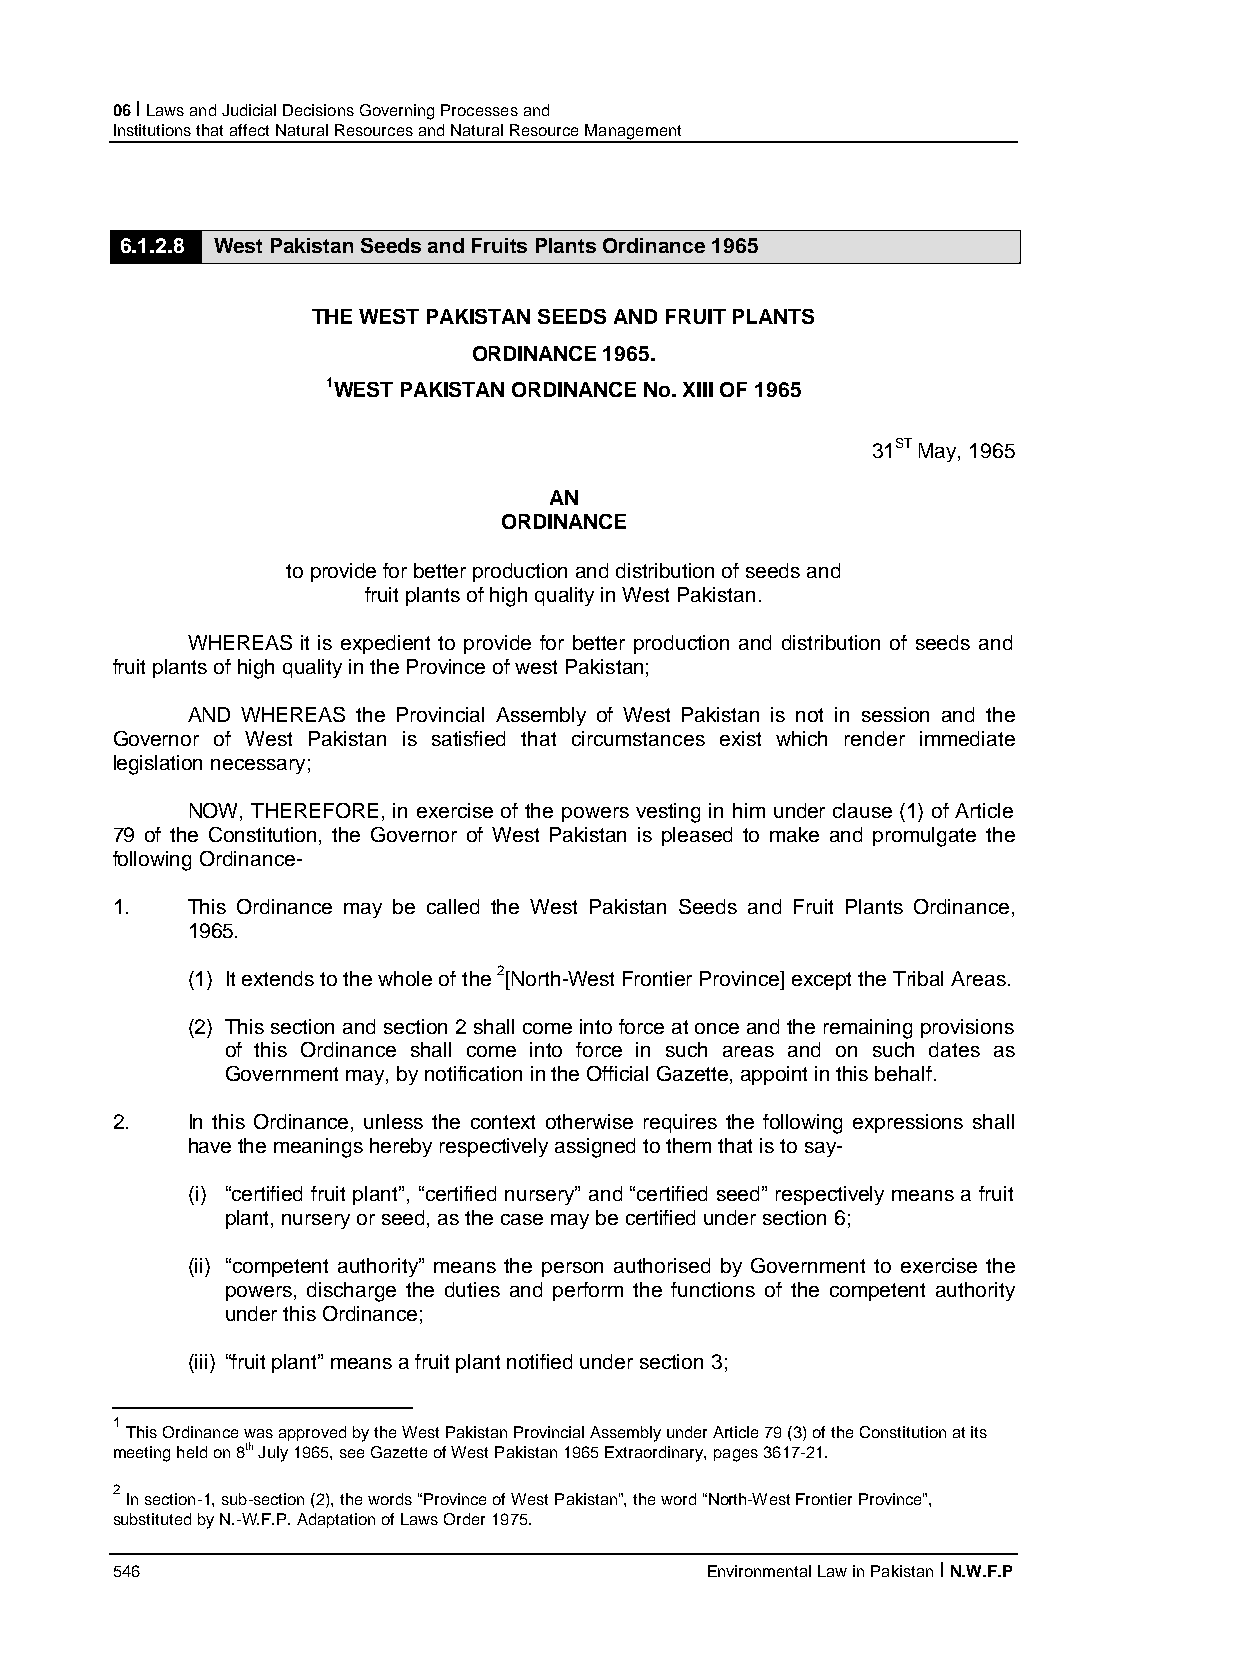
06 I Laws and Judicial Decisions Governing Processes and
 Institutions that affect Natural Resources and Natural Resource Management
 6.1.2.8 West Pakistan Seeds and Fruits Plants Ordinance 1965
 THE WEST PAKISTAN SEEDS AND FRUIT PLANTS
 ORDINANCE 1965.
 1WEST PAKISTAN ORDINANCE No. XIII OF 1965
 31ST May, 1965
 AN
 ORDINANCE
 to provide for better production and distribution of seeds and
 fruit plants of high quality in West Pakistan.
 WHEREAS it is expedient to provide for better production and distribution of seeds and
 fruit plants of high quality in the Province of west Pakistan;
 AND WHEREAS the Provincial Assembly of West Pakistan is not in session and the
 Governor of West Pakistan is satisfied that circumstances exist which render immediate
 legislation necessary;
 NOW, THEREFORE, in exercise of the powers vesting in him under clause (1) of Article
 79 of the Constitution, the Governor of West Pakistan is pleased to make and promulgate the
 following Ordinance-
 1.   This Ordinance may be called the West Pakistan Seeds and Fruit Plants Ordinance,
 1965.
 (1) It extends to the whole of the 2[North-West Frontier Province] except the Tribal Areas.
 (2) This section and section 2 shall come into force at once and the remaining provisions
 of this Ordinance shall come into force in such areas and on such dates as
 Government may, by notification in the Official Gazette, appoint in this behalf.
 2.   In this Ordinance, unless the context otherwise requires the following expressions shall
 have the meanings hereby respectively assigned to them that is to say-
 (i) “certified fruit plant”, “certified nursery” and “certified seed” respectively means a fruit
 plant, nursery or seed, as the case may be certified under section 6;
 (ii) “competent authority” means the person authorised by Government to exercise the
 powers, discharge the duties and perform the functions of the competent authority
 under this Ordinance;
 (iii) “fruit plant” means a fruit plant notified under section 3;
 1
 This Ordinance was approved by the West Pakistan Provincial Assembly under Article 79 (3) of the Constitution at its
 meeting held on 8th July 1965, see Gazette of West Pakistan 1965 Extraordinary, pages 3617-21.
 2
 In section-1, sub-section (2), the words “Province of West Pakistan”, the word “North-West Frontier Province”,
 substituted by N.-W.F.P. Adaptation of Laws Order 1975.
 546                                     Environmental Law in Pakistan I N.W.F.P